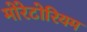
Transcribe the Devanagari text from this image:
मोरेटोरियम